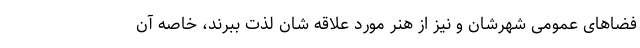
فضاهای عمومی شهرشان و نیز از هنر مورد علاقه شان لذت ببرند، خاصه آن